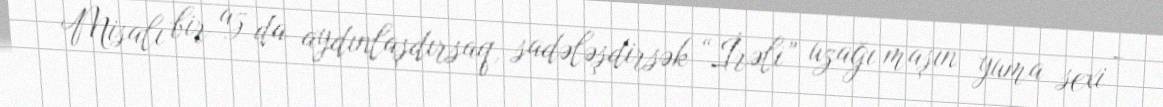
Misalı bir az da aydınlaşdırsaq, sadələşdirsək “İrəli” uzağı maşın yuma sexi -